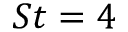
S t = 4